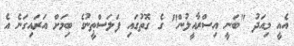
އެއީ މިއަދު "ބަނީ އިސްރާއީލުން" ގެ ގޮތުގައި ފަލަސްޠީނުގެ ބިމަށް އަރައިގަނެ އެ